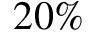
2 0 \%